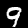
Label: 9